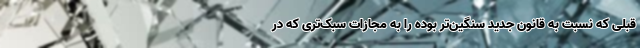
قبلی که نسبت به قانون جدید سنگین‌تر بوده را به مجازات سبک‌تری که در